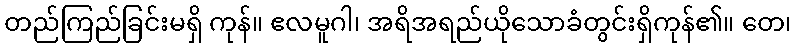
တည်ကြည်ခြင်းမရှိ ကုန်။ ဧလမူဂါ၊ အရိအရည်ယိုသောခံတွင်းရှိကုန်၏။ တေ၊